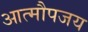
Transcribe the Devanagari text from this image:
आत्मौपजय